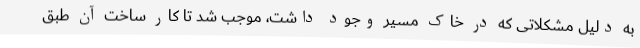
به دلیل مشکلاتی که در خاک مسیر وجود داشت، موجب شد تا کار ساخت آن طبق